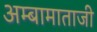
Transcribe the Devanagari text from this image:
अम्बामाताजी